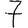
Digit: 7